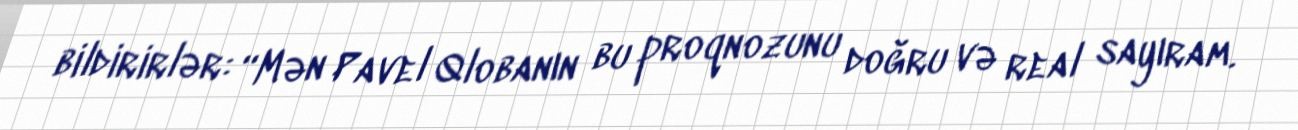
bildirirlər: “Mən Pavel Qlobanın bu proqnozunu doğru və real sayıram.